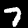
Label: 7